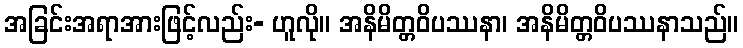
အခြင်းအရာအားဖြင့်လည်း- ဟူလို။ အနိမိတ္တဝိပဿနာ၊ အနိမိတ္တဝိပဿနာသည်။